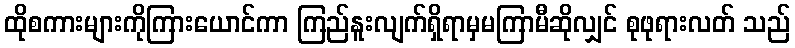
ထိုစကားများကိုကြားယောင်ကာ ကြည်နူးလျက်ရှိရာမှမကြာမီဆိုလျှင် စုဖုရားလတ် သည်